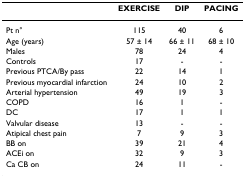
<table><thead><tr><td></td><td><b>EXERCISE</b></td><td><b>DIP</b></td><td><b>PACING</b></td></tr></thead><tbody><tr><td>Pt n°</td><td>115</td><td>40</td><td>6</td></tr><tr><td>Age (years)</td><td>57 ± 14</td><td>66 ± 11</td><td>68 ± 10</td></tr><tr><td>Males</td><td>78</td><td>24</td><td>4</td></tr><tr><td>Controls</td><td>17</td><td>-</td><td>-</td></tr><tr><td>Previous PTCA/By pass</td><td>22</td><td>14</td><td>1</td></tr><tr><td>Previous myocardial infarction</td><td>24</td><td>10</td><td>2</td></tr><tr><td>Arterial hypertension</td><td>49</td><td>19</td><td>3</td></tr><tr><td>COPD</td><td>16</td><td>1</td><td>-</td></tr><tr><td>DC</td><td>17</td><td>1</td><td>1</td></tr><tr><td>Valvular disease</td><td>13</td><td>-</td><td>-</td></tr><tr><td>Atipical chest pain</td><td>7</td><td>9</td><td>3</td></tr><tr><td>BB on</td><td>39</td><td>21</td><td>4</td></tr><tr><td>ACEi on</td><td>32</td><td>9</td><td>3</td></tr><tr><td>Ca CB on</td><td>24</td><td>11</td><td>-</td></tr></tbody></table>